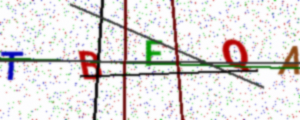
Text: TBFQA